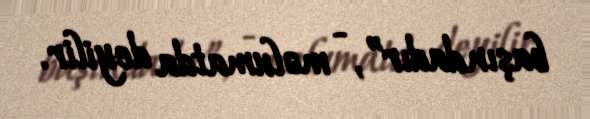
başındadır”, - məlumatda deyilir.